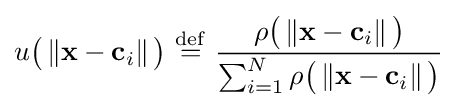
u{\big (}\left\Vert \mathbf {x} -\mathbf {c} _{i}\right\Vert {\big )}\ {\stackrel {\mathrm {def} }{=}}\ {\frac {\rho {\big (}\left\Vert \mathbf {x} -\mathbf {c} _{i}\right\Vert {\big )}}{\sum _{i=1}^{N}\rho {\big (}\left\Vert \mathbf {x} -\mathbf {c} _{i}\right\Vert {\big )}}}